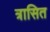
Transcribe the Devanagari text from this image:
त्रासित